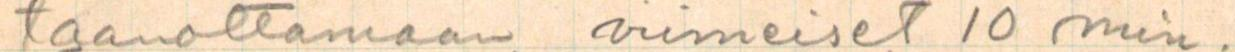
taanottamaan viimeiset 10 min.